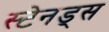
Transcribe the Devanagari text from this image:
स्टेनड्स